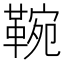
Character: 䩩